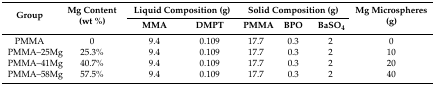
<table><thead><tr><td rowspan="2"><b>Group</b></td><td rowspan="2"><b>Mg Content (wt %)</b></td><td colspan="2"><b>Liquid Composition (g)</b></td><td colspan="3"><b>Solid Composition (g)</b></td><td rowspan="2"><b>Mg Microspheres (g)</b></td></tr><tr><td><b>MMA</b></td><td><b>DMPT</b></td><td><b>PMMA</b></td><td><b>BPO</b></td><td><b>BaSO<sub>4</sub></b></td></tr></thead><tbody><tr><td>PMMA</td><td>0</td><td>9.4</td><td>0.109</td><td>17.7</td><td>0.3</td><td>2</td><td>0</td></tr><tr><td>PMMA–25Mg</td><td>25.3%</td><td>9.4</td><td>0.109</td><td>17.7</td><td>0.3</td><td>2</td><td>10</td></tr><tr><td>PMMA–41Mg</td><td>40.7%</td><td>9.4</td><td>0.109</td><td>17.7</td><td>0.3</td><td>2</td><td>20</td></tr><tr><td>PMMA–58Mg</td><td>57.5%</td><td>9.4</td><td>0.109</td><td>17.7</td><td>0.3</td><td>2</td><td>40</td></tr></tbody></table>